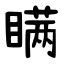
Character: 瞒